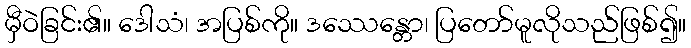
မှီဝဲခြင်း၏။ ဒေါသံ၊ အပြစ်ကို။ ဒဿေန္တော၊ ပြတော်မူလိုသည်ဖြစ်၍။